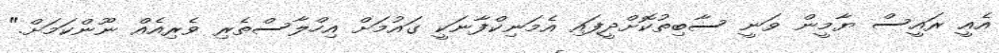
އެއީ ރައީސް ޔާމީން ވަނީ ސާބިތުކޮށްދީފައި އެމަނިކްފާނަކީ ގައުމަށް އިހްލާސްތެރި ވެރިއެއް ނޫންކަމަށް."